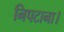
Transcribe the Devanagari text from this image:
निपटाना।